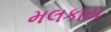
મલકાય